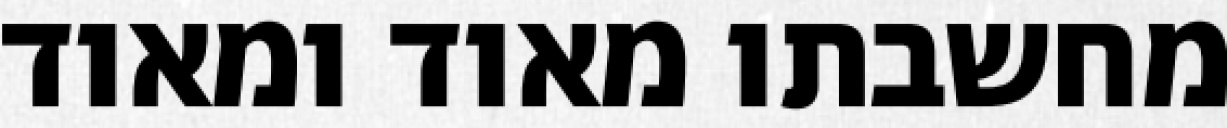
מחשבתו מאוד ומאוד